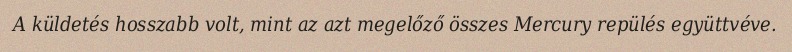
A küldetés hosszabb volt, mint az azt megelőző összes Mercury repülés együttvéve.